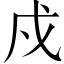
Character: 戍